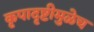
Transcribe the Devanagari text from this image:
कृपादृष्टीमुळेच